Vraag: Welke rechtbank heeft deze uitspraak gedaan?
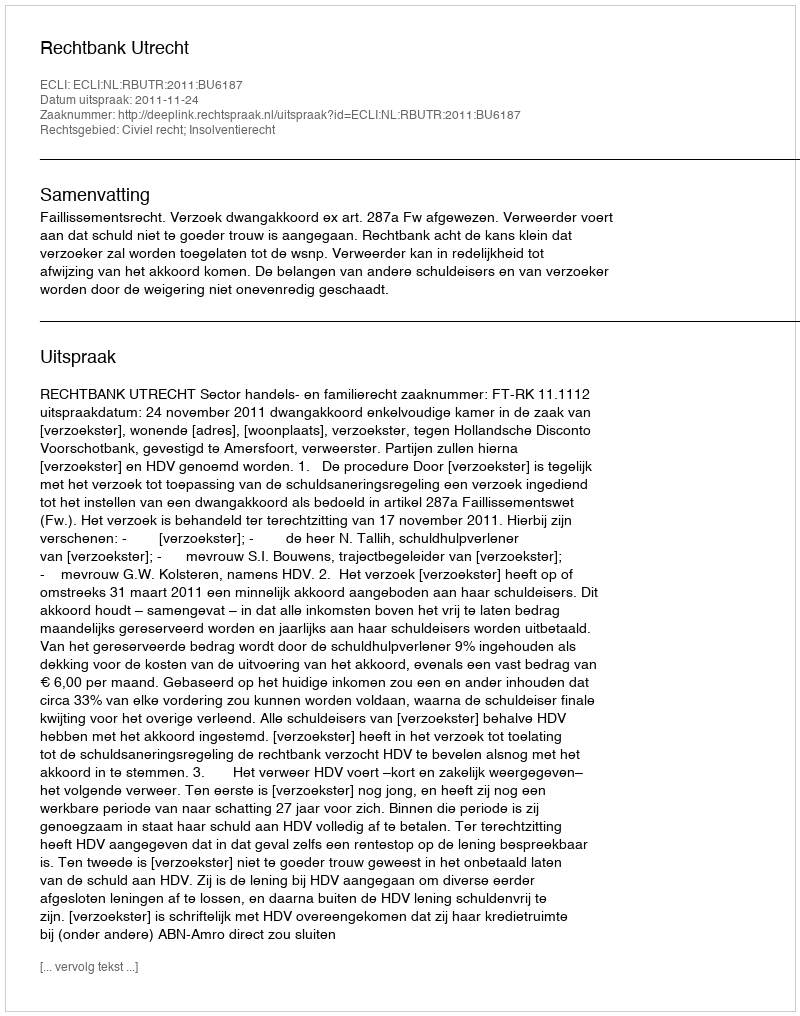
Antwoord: Rechtbank Utrecht